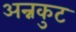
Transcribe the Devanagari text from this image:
अन्नकुट